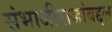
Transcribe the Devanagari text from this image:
संभाजीराजांबद्दल